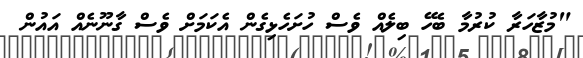
"މުޒާހަރާ ކުރުމާ ބެހޭ ބިލެއް ވެސް ހުށަހެޅިގެން އެކަމަށް ވެސް ގާނޫނެއް އައުން